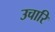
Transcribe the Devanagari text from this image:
उचारि